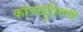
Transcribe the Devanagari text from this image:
कोच्चुरिण्ण